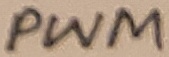
Text: PWM